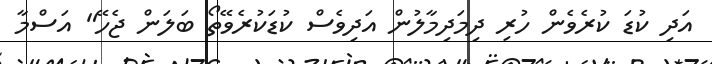
އަދި ކުޑަ ކުރެވެން ހުރި ދިމަދިމާލުން އަދިވެސް ކުޑަކުރެވޭތޯ ބަލަން ޖެހޭ" އަސްމާ